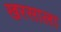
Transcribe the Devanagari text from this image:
खरसाला